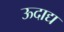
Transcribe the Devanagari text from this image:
ऊदाद्य